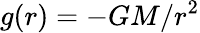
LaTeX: g(r)=-GM/r^{2}